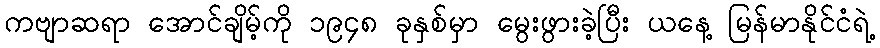
ကဗျာဆရာ အောင်ချိမ့်ကို ၁၉၄၈ ခုနှစ်မှာ မွေးဖွားခဲ့ပြီး ယနေ့ မြန်မာနိုင်ငံရဲ့